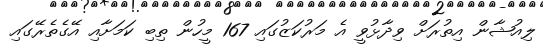
ލިއުޝާން އިތުރަށް ވިދާޅުވީ އެ މަރުކަޒުގައި 167 މީހުން ތިބި ކަމަށާއި އޭގެތެރޭގައި